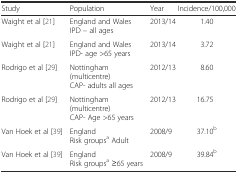
| Study | Population | Year | Incidence/100,000 |
 | --- | --- | --- | --- |
 | Waight et al [21] | England and WalesIPD – all ages | 2013/14 | 1.40 |
 | Waight et al [21] | England and WalesIPD- age >65 years | 2013/14 | 3.72 |
 | Rodrigo et al [29] | Nottingham (multicentre)CAP- adults all ages | 2012/13 | 8.60 |
 | Rodrigo et al [29] | Nottingham (multicentre)CAP- Age >65 years | 2012/13 | 16.75 |
 | Van Hoek et al [39] | EnglandRisk groupsa Adult | 2008/9 | 37.10b |
 | Van Hoek et al [39] | EnglandRisk groupsa ≥65 years | 2008/9 | 39.84b |